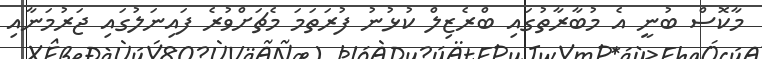
މާކޮސް ބުނީ އެ މުބާރާތުގައި ބްރެޒިލް ކުޅުނު ފުރަތަމަ މެޗަށްވުރެ ފައިނަލުގައި ޖަރުމަނާއި